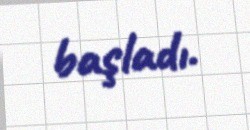
başladı.